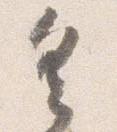
具